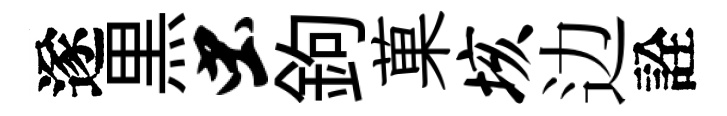
遂黒虫鉤菓垓边詮